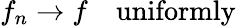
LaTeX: f_{n}\to f\quad\mathrm{uniformly}